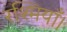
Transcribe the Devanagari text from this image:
रश्मियाँ।